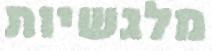
מלגשיות